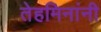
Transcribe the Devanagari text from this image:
तेहमिनांनी